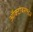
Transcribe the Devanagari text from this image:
ऑक्‍टोबर१९८३